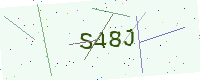
Text: S48J